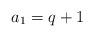
LaTeX: \begin{align*}a_1 = q+1\end{align*}